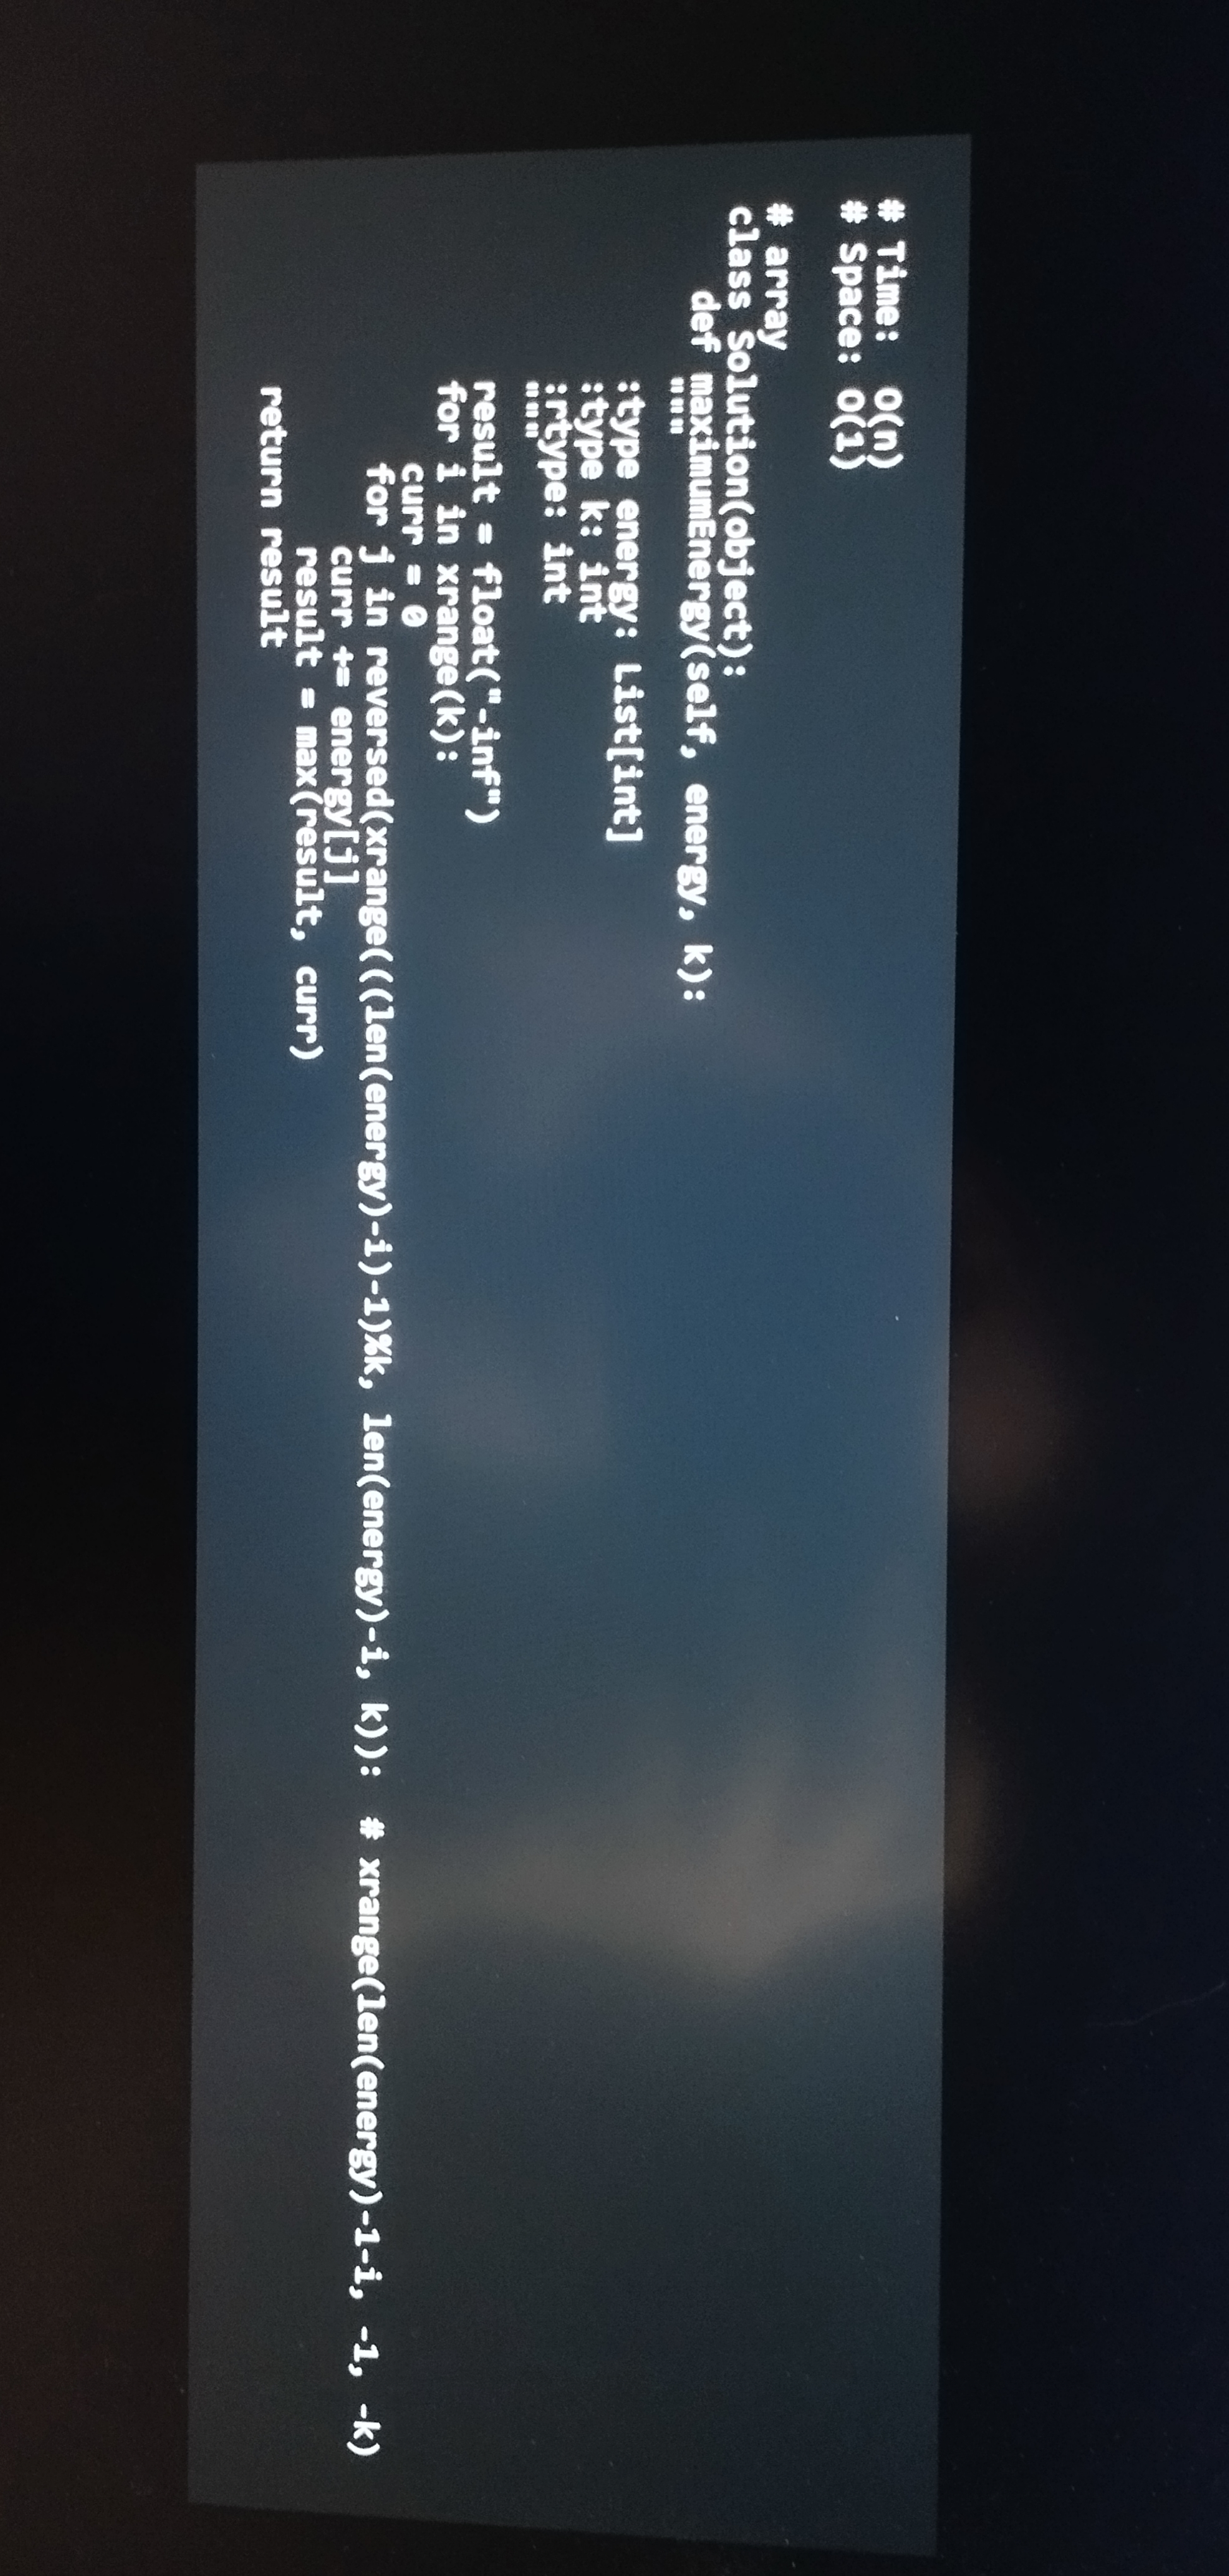
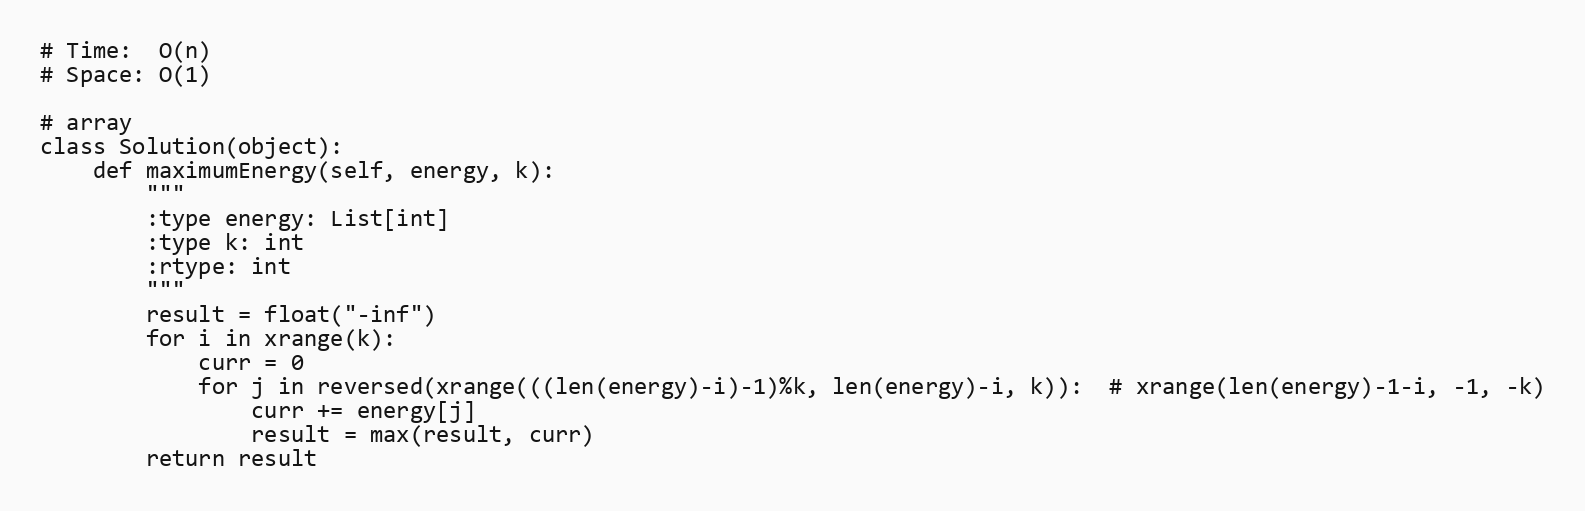
# Time:  O(n)
# Space: O(1)

# array
class Solution(object):
    def maximumEnergy(self, energy, k):
        """
        :type energy: List[int]
        :type k: int
        :rtype: int
        """
        result = float("-inf")
        for i in xrange(k):
            curr = 0
            for j in reversed(xrange(((len(energy)-i)-1)%k, len(energy)-i, k)):  # xrange(len(energy)-1-i, -1, -k)
                curr += energy[j]
                result = max(result, curr)
        return result